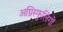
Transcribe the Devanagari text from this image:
अग्निस्फुलिंगों